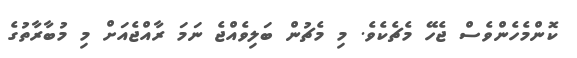
ކޮންމެހެންވެސް ޖެހޭ މެޗެކެވެ. މި މެޗުން ބަލިވެއްޖެ ނަމަ ރާއްޖެއަށް މި މުބާރާތުގެ